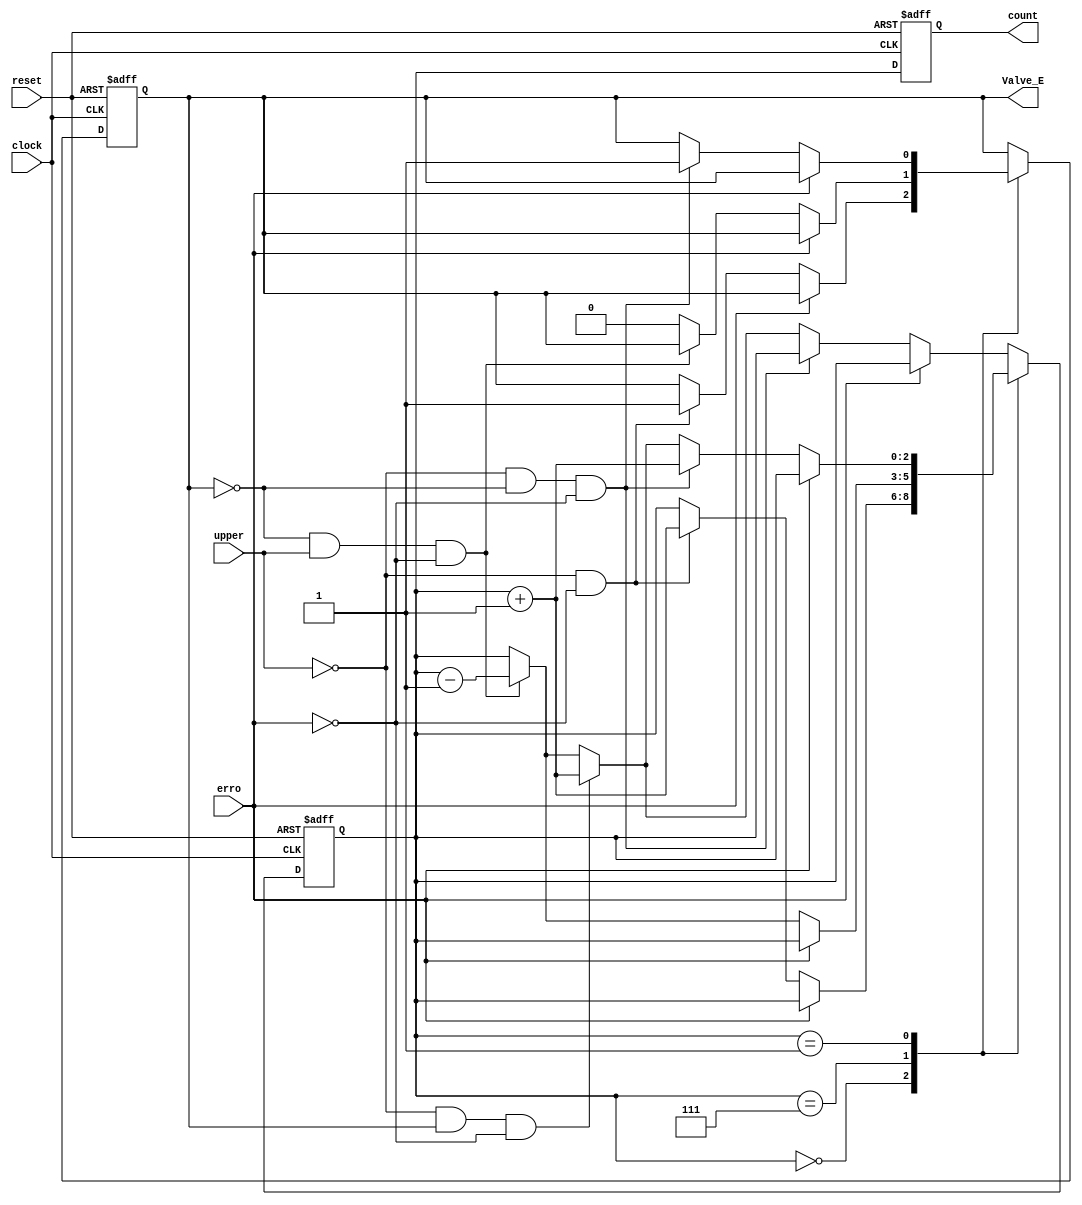
module nivel_caixa (
    output reg [2:0] count,
    output reg Valve_E,
    input upper,
    input clock,
    input reset,
    input erro
);

    wire resetN;
    reg [2:0] state, next_state;
    reg ve;

    // Inversor
    not (resetN, reset);

    // Lgica de Estado
    always @(posedge clock or posedge resetN) begin
        if (resetN) begin
            state <= 3'b000;
        end else begin
            state <= next_state;
        end
    end

    // Lgica Combinacional
    always @(*) begin
        next_state = state; // Default assignment
        ve = Valve_E;       // Keep current state of Valve_E

        case (state)
            3'b000: begin
                if (erro) begin
                    next_state = state;
                end else if (!upper && !erro) begin
                    ve = 1; // Ativa a vlvula de entrada
                    next_state = state + 1;
                end else begin
                    next_state = state;
                end
            end

            3'b111: begin
                if (erro) begin
                    next_state = state;
                end else if (!ve && upper && !erro) begin
                    next_state = state - 1;
                end else begin
                    ve = 0;
                end
            end

            3'b001: begin
                if (erro) begin
                    next_state = state;
                end else if (!upper && !ve && !erro) begin
                    ve = 1; // Ativa a vlvula de entrada
                    next_state = state + 1;
                end else if (!upper && ve && !erro) begin
                    next_state = state + 1;
                end else if (upper && !ve && !erro) begin
                    next_state = state - 1;
                end
            end

            default: begin
                if (erro) begin
                    next_state = state;
                end else if (!upper && !ve && !erro) begin
                    next_state = state;
                end else if (!upper && ve && !erro) begin
                    next_state = state + 1;
                end else if (upper && !ve && !erro) begin
                    next_state = state - 1;
                end
            end
        endcase
    end

    // Sada
    always @(posedge clock or posedge resetN) begin
        if (resetN) begin
            count <= 3'b000;
            Valve_E <= 1'b0;
        end else begin
            count <= state;
            Valve_E <= ve;
        end
    end

endmodule